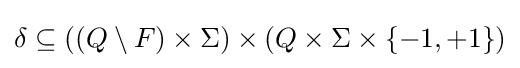
\delta \subseteq ((Q\setminus F)\times \Sigma )\times (Q\times \Sigma \times \{-1,+1\})